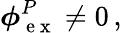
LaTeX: \boldsymbol\phi{}_{\mathrm{~e~x~}}^{P}\neq 0\, ,